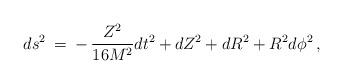
LaTeX: \begin{align*}ds^2 \: = \: - \, \frac{Z^2}{16 M^2} dt^2 + dZ^2 + dR^2 + R^2 d\phi ^2\, ,\end{align*}